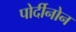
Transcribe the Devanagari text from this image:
पोर्दीनोन